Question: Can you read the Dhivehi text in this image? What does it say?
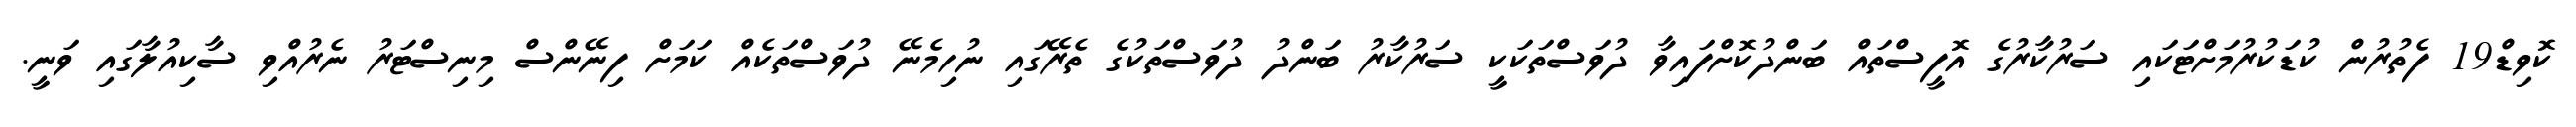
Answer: ކޮވިޑް19 ފެތުރުން ކުޑަކުރުމަށްޓަކައި ސަރުކާރުގެ އޮފީސްތައް ބަންދުކޮށްފައިވާ ދުވަސްތަކަކީ ސަރުކާރު ބަންދު ދުވަސްތަކުގެ ތެރޭގައި ނުހިމެނޭ ދުވަސްތަކެއް ކަމަށް ފިނޭންސް މިނިސްޓަރު ނެރުއްވި ސާކިއުލާގައި ވަނީ.